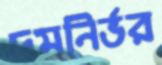
দমনির্ভর